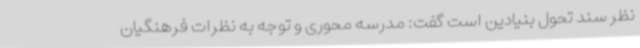
نظر سند تحول بنیادین است گفت: مدرسه محوری و توجه به نظرات فرهنگیان